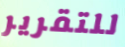
للتقرير